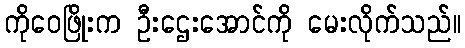
ကိုဝေဖြိုးက ဦးဌေးအောင်ကို မေးလိုက်သည်။